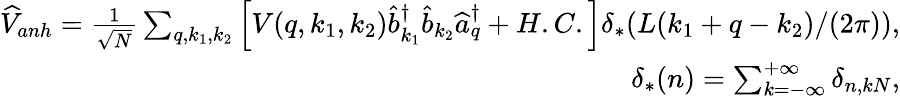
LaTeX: \begin{array}{r}{\widehat{V}_{anh}=\frac{1}{\sqrt{N}}\sum_{q,k_{1},k_{2}}\left[V(q,k_{1},k_{2})\widehat{b}_{k_{1}}^{\dagger}\widehat{b}_{k_{2}}\widehat{a}_{q}^{\dagger}+H.C.\right]\delta_{*}(L(k_{1}+q-k_{2})/(2\pi)),}\\ {\delta_{*}(n)=\sum_{k=-\infty}^{+\infty}\delta_{n,kN},}\end{array}